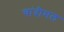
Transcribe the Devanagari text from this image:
चांदीमल